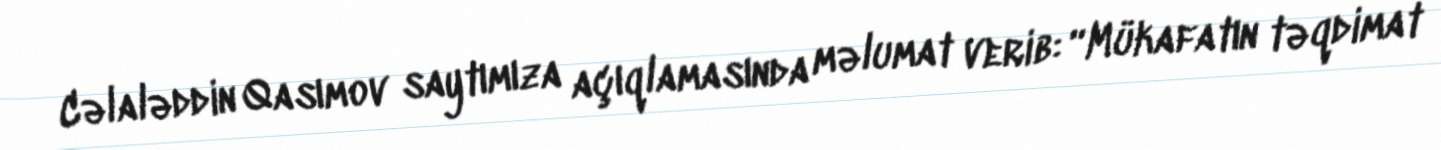
Cəlaləddin Qasımov saytımıza açıqlamasında məlumat verib: “Mükafatın təqdimat